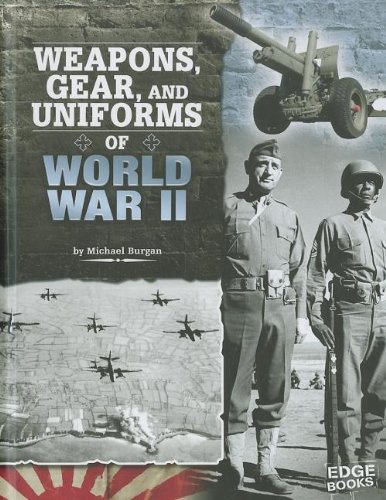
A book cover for Weapons, Gear, and Uniforms of World War II (Equipped for Battle); Michael Burgan; Children's Books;